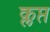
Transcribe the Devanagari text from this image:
क्लप्त